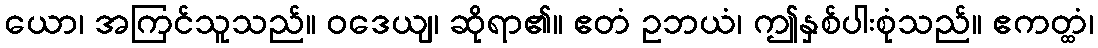
ယော၊ အကြင်သူသည်။ ဝဒေယျ၊ ဆိုရာ၏။ ဧတံ ဥဘယံ၊ ဤနှစ်ပါးစုံသည်။ ဧကတ္ထံ၊